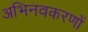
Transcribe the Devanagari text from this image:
अभिनवकरणों